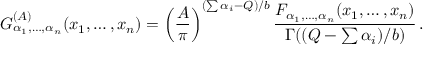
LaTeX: { \cal G } _ { \alpha _ { 1 } , \ldots , \alpha _ { n } } ^ { ( A ) } ( x _ { 1 } , \ldots , x _ { n } ) = \left( { \frac { A } { \pi } } \right) ^ { ( \sum \alpha _ { i } - Q ) / b } { \frac { F _ { \alpha _ { 1 } , \ldots , \alpha _ { n } } ( x _ { 1 } , \ldots , x _ { n } ) } { \Gamma ( ( Q - \sum \alpha _ { i } ) / b ) } } \, .